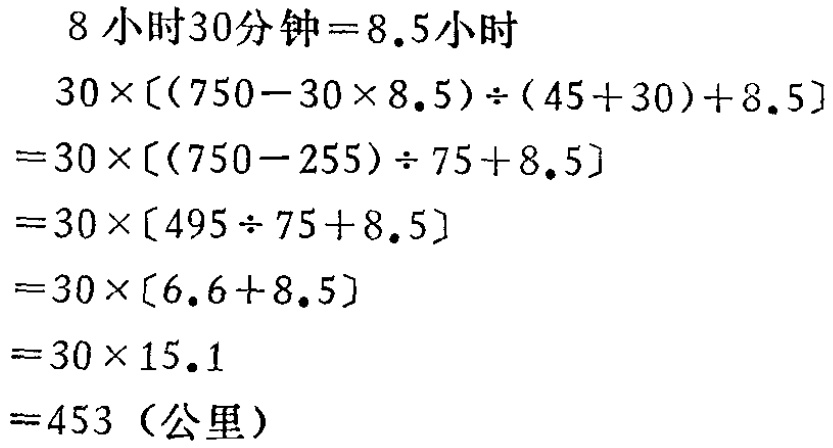
\[

\begin{align*}

&8\text{ 小时}30\text{ 分钟}=8.5\text{ 小时}\\

&30\times[(750 - 30\times8.5)\div(45 + 30)+8.5]\\

=&30\times[(750 - 255)\div75+8.5]\\

=&30\times[495\div75+8.5]\\

=&30\times[6.6 + 8.5]\\

=&30\times15.1\\

=&453(\text{公里})

\end{align*}

\]